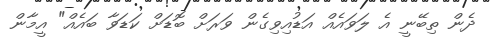
ދެން ތިބޭނީ އެ ލަވައެއް އަޑުއިވިގެން ވަރަށް ބޮޑަށް ކަޑަވާ ބައެއް" އީމާން